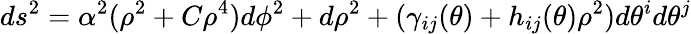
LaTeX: ds^{2}=\alpha^{2}(\rho^{2}+C\rho^{4})d\phi^{2}+d\rho^{2}+(\gamma_{ij}(\theta)+h_{ij}(\theta)\rho^{2})d\theta^{i}d\theta^{j}